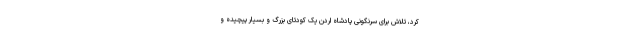
کرد، تلاش برای سرنگونی پادشاه اردن یک کودتای بزرگ و بسیار پیچیده و